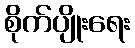
စိုက်ပျိုးရေး